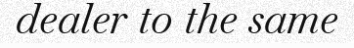
dealer to the same